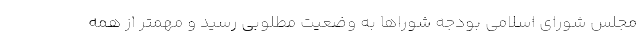
مجلس شورای اسلامی بودجه شوراها به وضعیت مطلوبی رسید و مهمتر از همه